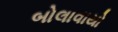
બોલાવાયો